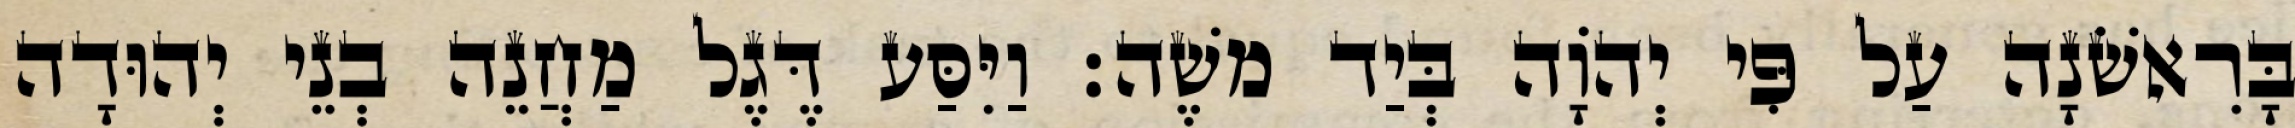
בָּרִאשֹׁנָה עַל פִּי יְהוָֹה בְּיַד משֶׁה׃ וַיִּסַּע דֶּגֶל מַחֲנֵה בְנֵי יְהוּדָה